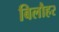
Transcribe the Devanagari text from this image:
बिलौहर